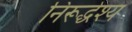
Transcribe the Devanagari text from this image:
निरूद्धेश्य